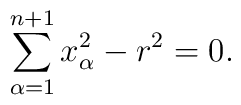
\sum_{\alpha =1}^{n+1}x_{\alpha }^{2}-r^{2}=0.